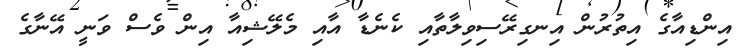
އިންޑިއާގެ އިތުރުން އިނގިރޭސިވިލާތާއި ކެނެޑާ އާއި މެލޭޝިއާ އިން ވެސް ވަނީ އޭނާގެ